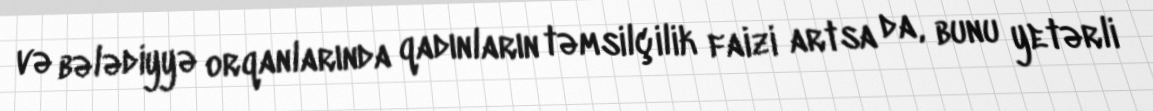
və bələdiyyə orqanlarında qadınların təmsilçilik faizi artsa da, bunu yetərli